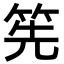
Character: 筅